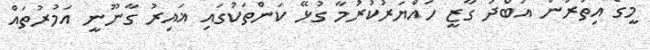
މީގެ އިތުރުން އަބްދު ގާޒީ ހައްޔަރުކުރުމާ ގުޅޭ ކަންތަކުގައި ޣައިރު ގާނޫނީ އަމުރުތައް